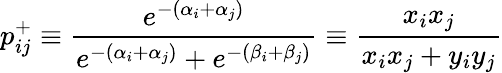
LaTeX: p_{ij}^{+}\equiv\frac{e^{-(\alpha_{i}+\alpha_{j})}}{e^{-(\alpha_{i}+\alpha_{j})}+e^{-(\beta_{i}+\beta_{j})}}\equiv\frac{x_{i}x_{j}}{x_{i}x_{j}+y_{i}y_{j}}